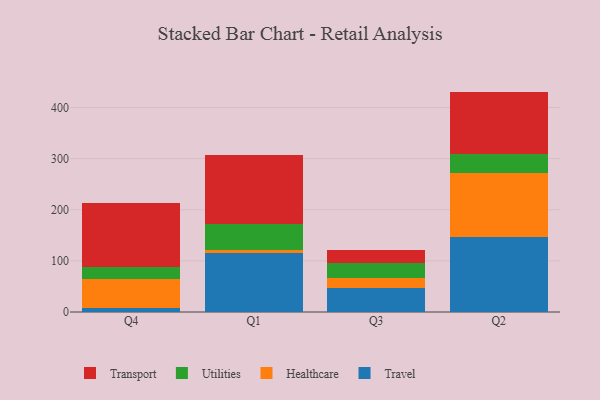
{"axis": {"x": "Quarter", "y": "Backlog"}, "legend": ["Healthcare", "Transport", "Travel", "Utilities"], "data": [{"x": "Q4", "y": 8.5, "type": "Travel"}, {"x": "Q4", "y": 55.6, "type": "Healthcare"}, {"x": "Q4", "y": 23.0, "type": "Utilities"}, {"x": "Q4", "y": 125.8, "type": "Transport"}, {"x": "Q1", "y": 115.2, "type": "Travel"}, {"x": "Q1", "y": 7.0, "type": "Healthcare"}, {"x": "Q1", "y": 50.3, "type": "Utilities"}, {"x": "Q1", "y": 135.4, "type": "Transport"}, {"x": "Q3", "y": 46.4, "type": "Travel"}, {"x": "Q3", "y": 19.3, "type": "Healthcare"}, {"x": "Q3", "y": 29.2, "type": "Utilities"}, {"x": "Q3", "y": 27.0, "type": "Transport"}, {"x": "Q2", "y": 146.0, "type": "Travel"}, {"x": "Q2", "y": 126.5, "type": "Healthcare"}, {"x": "Q2", "y": 37.1, "type": "Utilities"}, {"x": "Q2", "y": 121.4, "type": "Transport"}]}